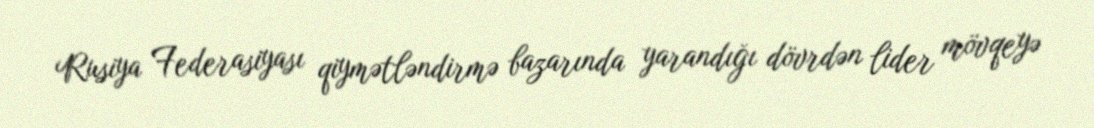
Rusiya Federasiyası qiymətləndirmə bazarında yarandığı dövrdən lider mövqeyə